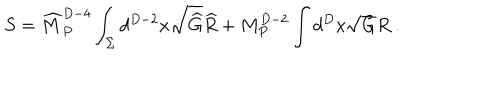
S = { \widehat M } _ { P } ^ { D - 4 } \int _ { \Sigma } d ^ { D - 2 } x \sqrt { { \widehat G } } { \widehat R } + { M } _ { P } ^ { D - 2 } \int d ^ { D } x \sqrt { { G } } { R } ~ .